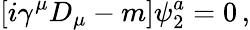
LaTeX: [i\gamma^{\mu}D_{\mu}-m]\psi_{2}^{a}=0\, ,